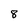
Character: 8